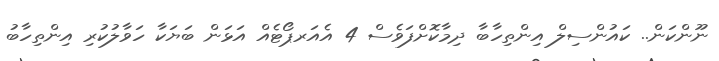
ނޫންކަން.. ކައުންސިލް އިންތިހާބާ ދިމާކޮށްފަވެސް 4 އެއަރޕޯޓެއް އަޅަން ބަޔަކާ ހަވާލުކުރި އިންތިހާބު